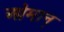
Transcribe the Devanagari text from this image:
ओमान्